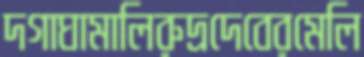
দগাঘামালিরুদ্রদেবেরমেলি